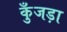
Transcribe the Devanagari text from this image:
कुँजड़ा